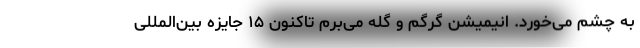
به چشم می‌خورد. انیمیشن گرگم و گله می‌برم تاکنون ۱۵ جایزه بین‌المللی